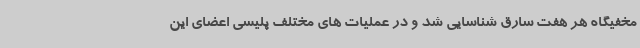
مخفیگاه هر هفت سارق شناسایی شد و در عملیات های مختلف پلیسی اعضای این